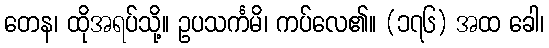
တေန၊ ထိုအရပ်သို့။ ဥပသင်္ကမိ၊ ကပ်လေ၏။ (၁၇၆) အထ ခေါ၊